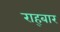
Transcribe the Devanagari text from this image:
राह्बार